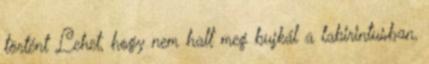
történt Lehet, hogy nem halt meg bujkál a labirintusban,